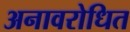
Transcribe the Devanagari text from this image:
अनावरोधित